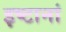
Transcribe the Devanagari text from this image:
इष्टानां